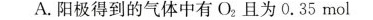
A.阳极得到的气体中有O_{ 2 }且为0.35mol